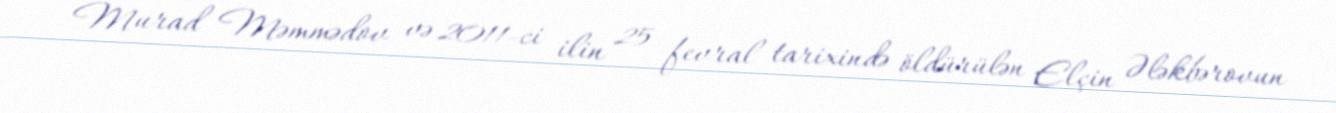
Murad Məmmədov və 2011-ci ilin 25 fevral tarixində öldürülən Elçin Ələkbərovun